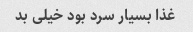
غذا بسیار سرد بود خیلی بد